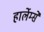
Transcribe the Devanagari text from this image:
हार्लेम्से